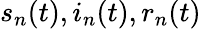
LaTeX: s_{n}(t),i_{n}(t),r_{n}(t)